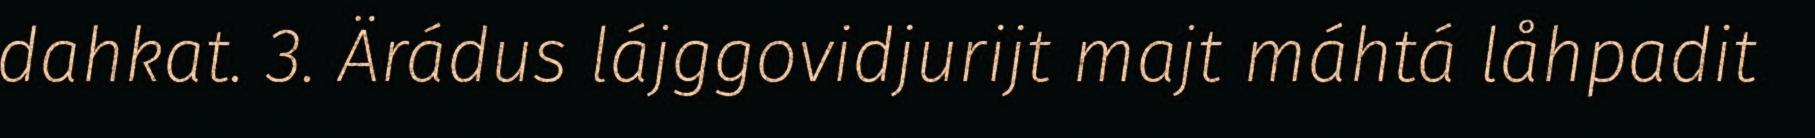
dahkat. 3. Ärádus lájggovidjurijt majt máhtá låhpadit